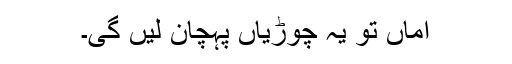
اماں تو یہ چوڑیاں پہچان لیں گی۔